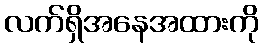
လက်ရှိအနေအထားကို